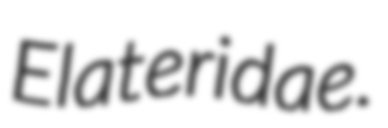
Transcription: Elateridae.